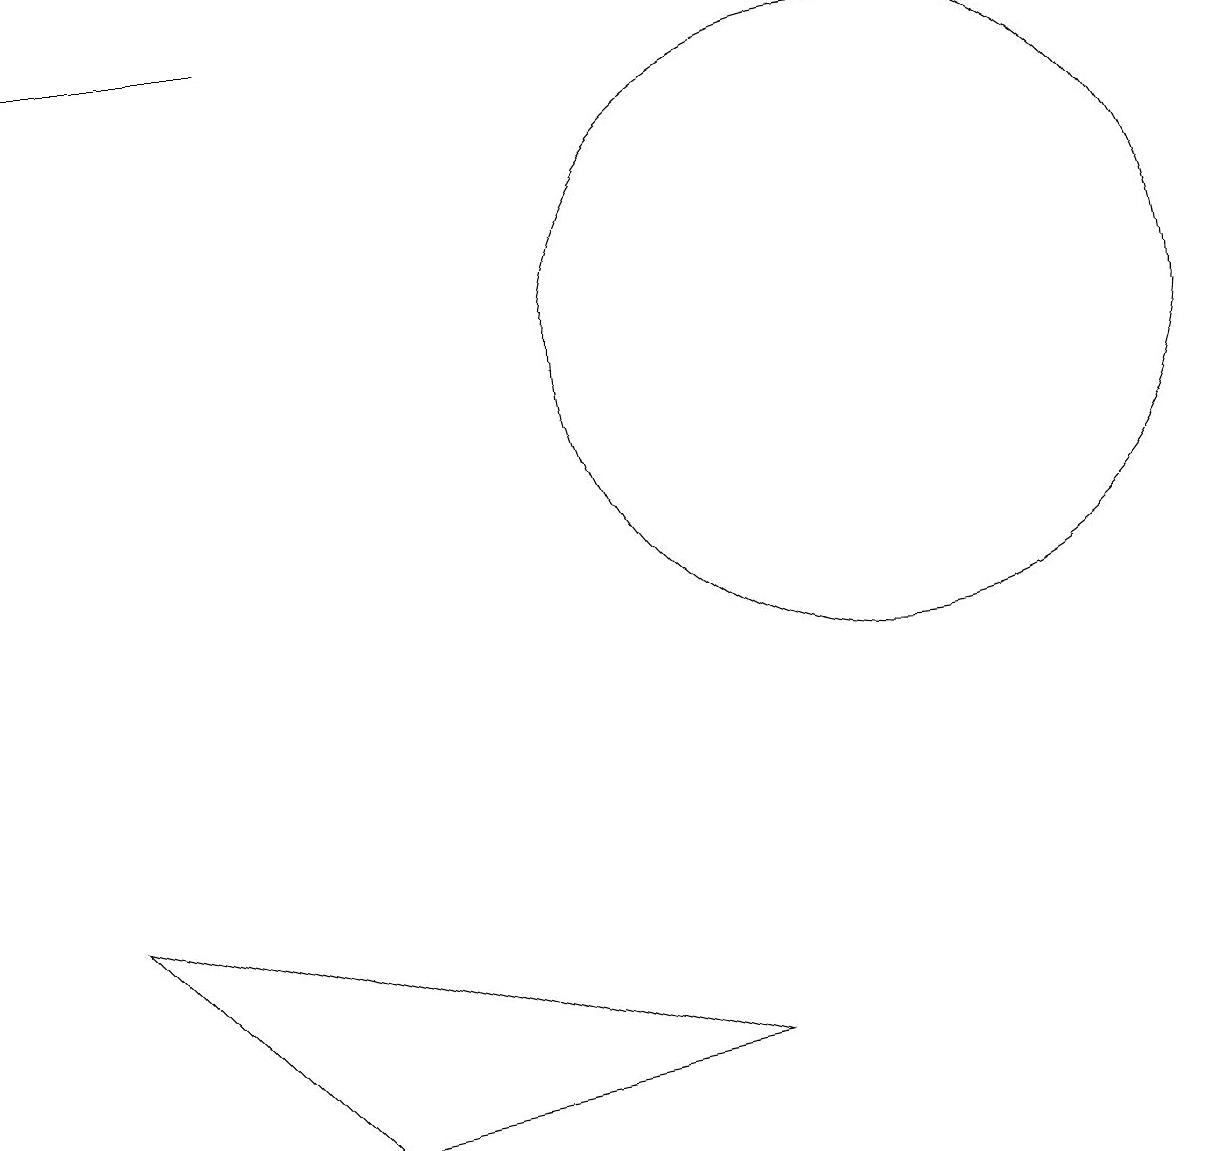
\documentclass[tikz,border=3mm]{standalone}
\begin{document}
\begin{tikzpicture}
\draw (0,15) rectangle (3,15);
\draw (9,2) -- (4,1) -- (1,4) -- cycle;
\draw (11,11) circle (4);
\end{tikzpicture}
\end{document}